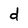
Character: d